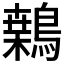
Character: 𪄐